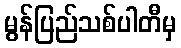
မွန်ပြည်သစ်ပါတီမှ